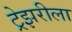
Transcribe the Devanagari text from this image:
ट्रेझरीला